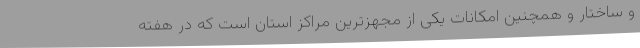
و ساختار و همچنین امکانات یکی از مجهزترین مراکز استان است که در هفته